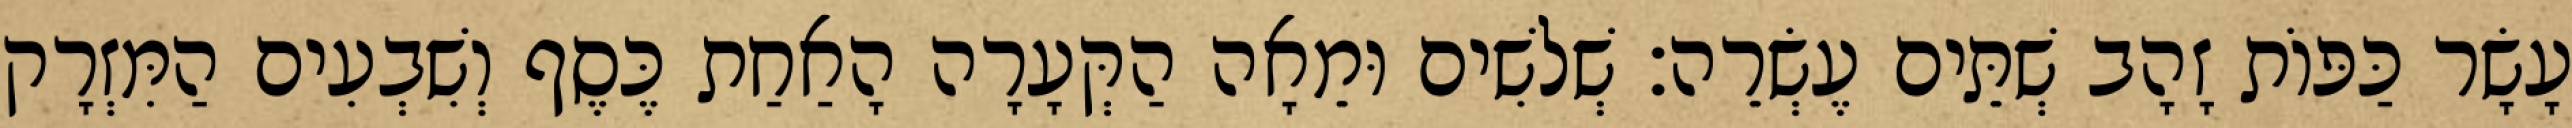
עָשָׂר כַּפּוֹת זָהָב שְׁתֵּים עֶשְׂרֵה׃ שְׁלשִׁים וּמֵאָה הַקְּעָרָה הָאַחַת כֶּסֶף וְשִׁבְעִים הַמִּזְרָק